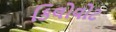
કિલોવોટ